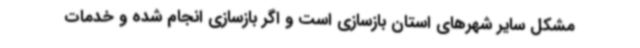
مشکل سایر شهرهای استان بازسازی است و اگر بازسازی انجام شده و خدمات